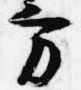
方